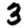
Digit: 3